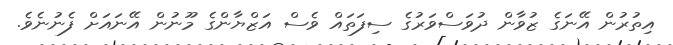
އިތުރުން އޭނަގެ ޒުވާން ދުވަސްވަރުގެ ސިފަތައް ވެސް އަޒްޔާންގެ މޫނުން އޭނައަށް ފެނުނެވެ.